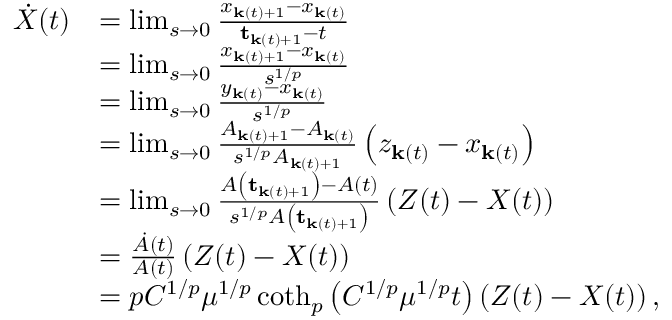
\begin{array} { r l } { \dot { X } ( t ) } & { = \operatorname* { l i m } _ { s \rightarrow 0 } \frac { x _ { \mathbf { k } ( t ) + 1 } - x _ { \mathbf { k } ( t ) } } { \mathbf { t } _ { \mathbf { k } ( t ) + 1 } - t } } \\ & { = \operatorname* { l i m } _ { s \rightarrow 0 } \frac { x _ { \mathbf { k } ( t ) + 1 } - x _ { \mathbf { k } ( t ) } } { s ^ { 1 / p } } } \\ & { = \operatorname* { l i m } _ { s \rightarrow 0 } \frac { y _ { \mathbf { k } ( t ) } - x _ { \mathbf { k } ( t ) } } { s ^ { 1 / p } } } \\ & { = \operatorname* { l i m } _ { s \rightarrow 0 } \frac { A _ { \mathbf { k } ( t ) + 1 } - A _ { \mathbf { k } ( t ) } } { s ^ { 1 / p } A _ { \mathbf { k } ( t ) + 1 } } \left( z _ { \mathbf { k } ( t ) } - x _ { \mathbf { k } ( t ) } \right) } \\ & { = \operatorname* { l i m } _ { s \rightarrow 0 } \frac { A \left( \mathbf { t } _ { \mathbf { k } ( t ) + 1 } \right) - A ( t ) } { s ^ { 1 / p } A \left( \mathbf { t } _ { \mathbf { k } ( t ) + 1 } \right) } \left( Z ( t ) - X ( t ) \right) } \\ & { = \frac { \dot { A } ( t ) } { A ( t ) } \left( Z ( t ) - X ( t ) \right) } \\ & { = p C ^ { 1 / p } \mu ^ { 1 / p } \coth _ { p } \left( C ^ { 1 / p } \mu ^ { 1 / p } t \right) \left( Z ( t ) - X ( t ) \right) , } \end{array}